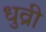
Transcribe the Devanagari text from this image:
धुव्री